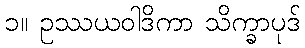
၁။ ဥဿယဝါဒိကာ သိက္ခာပုဒ်